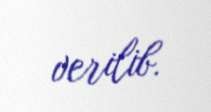
verilib.